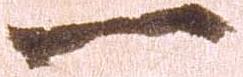
一